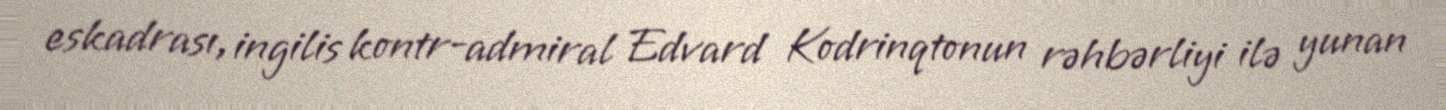
eskadrası, ingilis kontr-admiral Edvard Kodrinqtonun rəhbərliyi ilə yunan